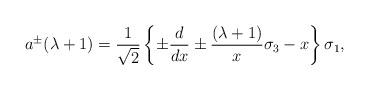
LaTeX: \begin{align*}a^{\pm }(\lambda +1) = {1\over \sqrt{2}}\left\{\pm {d\over dx} \pm{(\lambda +1)\over x}\sigma_{3} - x\right\}\sigma_{1},\end{align*}